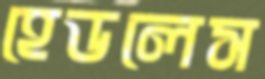
হেডলেস